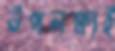
উপলক্ষ্যই